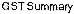
GST SUMMARY